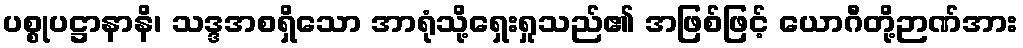
ပစ္စုပဋ္ဌာနာနိ၊ သဒ္ဒအစရှိသော အာရုံသို့ရှေးရှုသည်၏ အဖြစ်ဖြင့် ယောဂီတို့ဉာဏ်အား